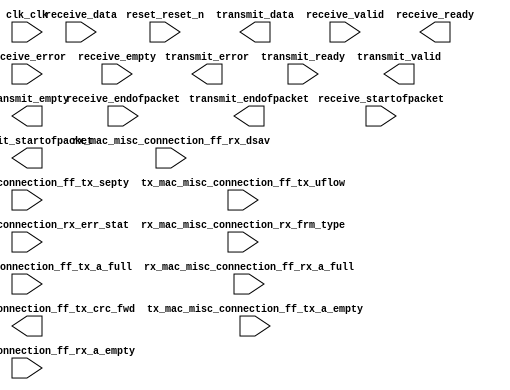
module mpu_ss (
	clk_clk,
	reset_reset_n,
	tx_mac_misc_connection_ff_tx_crc_fwd,
	tx_mac_misc_connection_ff_tx_septy,
	tx_mac_misc_connection_ff_tx_uflow,
	tx_mac_misc_connection_ff_tx_a_full,
	tx_mac_misc_connection_ff_tx_a_empty,
	transmit_data,
	transmit_endofpacket,
	transmit_error,
	transmit_ready,
	transmit_startofpacket,
	transmit_valid,
	transmit_empty,
	rx_mac_misc_connection_ff_rx_dsav,
	rx_mac_misc_connection_ff_rx_a_empty,
	rx_mac_misc_connection_ff_rx_a_full,
	rx_mac_misc_connection_rx_err_stat,
	rx_mac_misc_connection_rx_frm_type,
	receive_startofpacket,
	receive_valid,
	receive_ready,
	receive_error,
	receive_data,
	receive_endofpacket,
	receive_empty);	

	input		clk_clk;
	input		reset_reset_n;
	output		tx_mac_misc_connection_ff_tx_crc_fwd;
	input		tx_mac_misc_connection_ff_tx_septy;
	input		tx_mac_misc_connection_ff_tx_uflow;
	input		tx_mac_misc_connection_ff_tx_a_full;
	input		tx_mac_misc_connection_ff_tx_a_empty;
	output	[31:0]	transmit_data;
	output		transmit_endofpacket;
	output		transmit_error;
	input		transmit_ready;
	output		transmit_startofpacket;
	output		transmit_valid;
	output	[1:0]	transmit_empty;
	input		rx_mac_misc_connection_ff_rx_dsav;
	input		rx_mac_misc_connection_ff_rx_a_empty;
	input		rx_mac_misc_connection_ff_rx_a_full;
	input	[17:0]	rx_mac_misc_connection_rx_err_stat;
	input	[3:0]	rx_mac_misc_connection_rx_frm_type;
	input		receive_startofpacket;
	input		receive_valid;
	output		receive_ready;
	input	[5:0]	receive_error;
	input	[7:0]	receive_data;
	input		receive_endofpacket;
	input	[1:0]	receive_empty;
endmodule